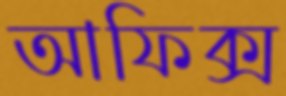
আফিক্স